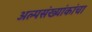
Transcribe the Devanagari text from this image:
अल्पसंख्यांकांचा